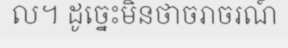
ល។ ដូច្នេះមិនថាចរាចរណ៍